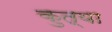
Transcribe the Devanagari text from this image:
कुत्या